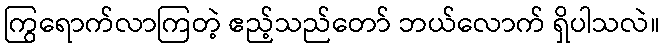
ကြွရောက်လာကြတဲ့ ဧည့်သည်တော် ဘယ်လောက် ရှိပါသလဲ။